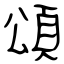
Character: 頌